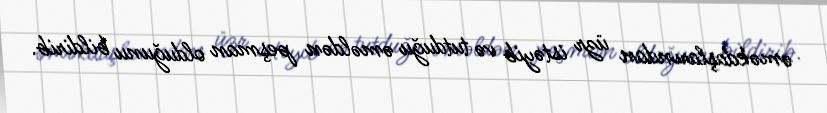
əməkdaşlarından üzr istəyib və tutduğu əməldən peşman olduğunu bildirib.